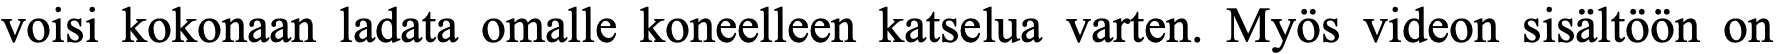
voisi kokonaan ladata omalle koneelleen katselua varten. Myös videon sisältöön on